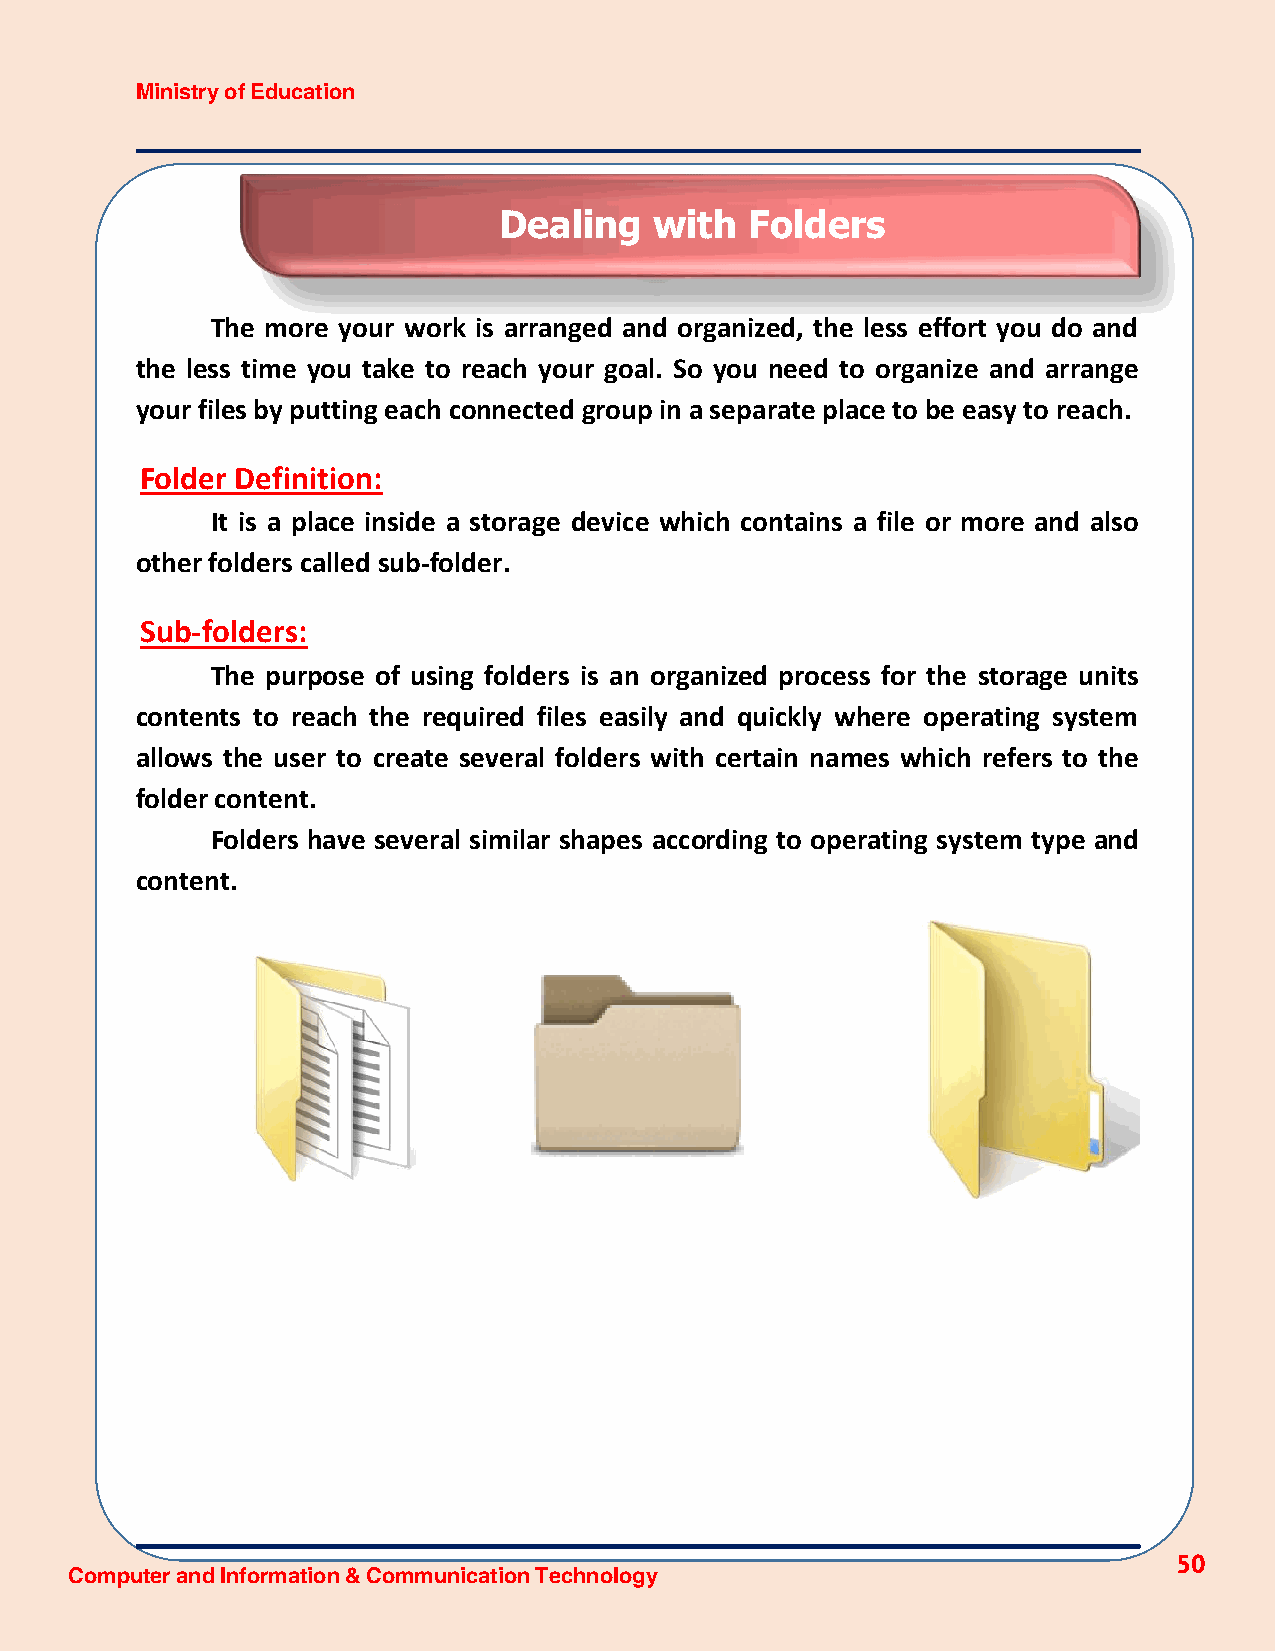
Ministry of Education
 Dealing   with   Folders
 The more your work is arranged and organized, the less effort you do and
 the less time you take to reach your goal. So you need to organize and arrange
 your files by putting each connected group in a separate place to be easy to reach.
 Folder Definition:
 It is a place inside a storage device which contains a file or more and also
 other folders called sub-folder.
 Sub-folders:
 The purpose of using folders is an organized process for the storage units
 contents to reach the required files easily and quickly where operating system
 allows the user to create several folders with certain names which refers to the
 folder content.
 Folders have several similar shapes according to operating system type and
 content.
 50
 Computer and Information & Communication Technology